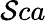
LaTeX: \mathcal{S}ca